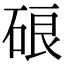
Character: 硠